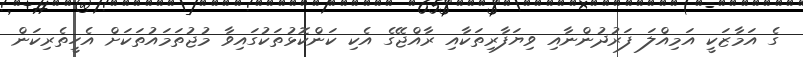
ގެ އަމާޒަކީ އަމިއްލަ ފަރުދުންނާއި ވިޔަފާރިތަކާއި ރާއްޖޭގެ އެކި ކަންކޮޅުތަކުގައިވާ މުޖުތަމައުތަކަށް އެހީތެރިކަން